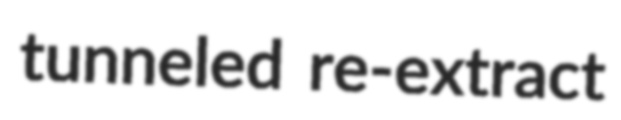
tunneled re-extract